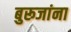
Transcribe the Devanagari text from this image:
बुरूजांना